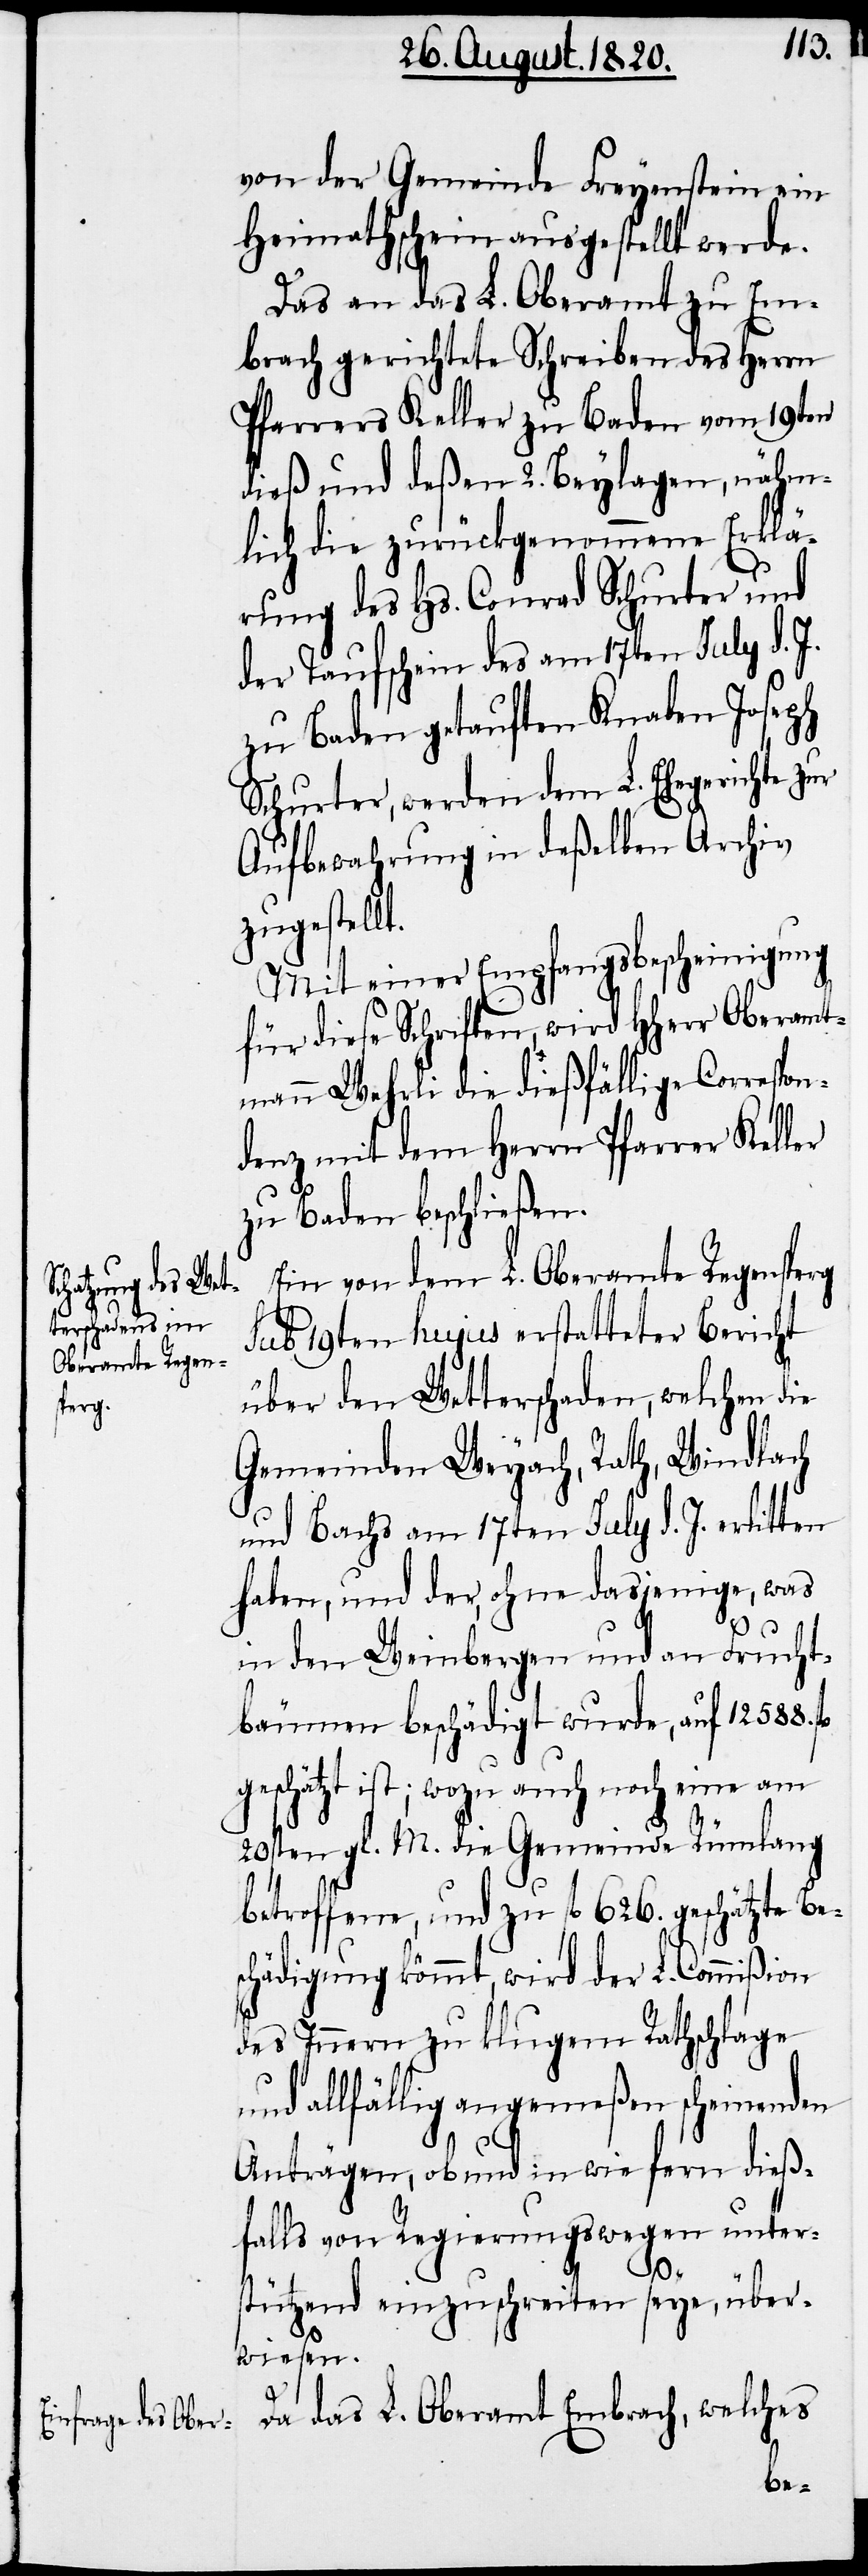
von der Gemeinde Freyenstein ein
Heimathschein ausgestellt werde.
Das an das L. Oberamt zu Em¬
brach gerichtete Schreiben des Herrn
Pfarrers Keller zu Baden vom 19ten
dieß und deßen 2. Beylagen, nähm¬
lich die zurückgenommene Erklä¬
rung des Hs. Conrad Schurter und
der Taufschein des am 17ten July d. J.
zu Baden getauften Knaben Joseph
Schurter, werden dem L. Ehegerichte zur
Aufbewahrung in deßelben Archiv
zugestellt.
Mit einer Empfangsbescheinigung
für diese Schriften wird Hherr Oberamt¬
mann Wehrli die dießfällige Correspo¬
denz mit dem Herrn Pfarrer Keller
zu Baden beschließen.
Ein von dem L. Oberamte Regensperg
sub 19ten hujus erstatteter Bericht
über den Wetterschaden, welchen die
Gemeinden Weyach, Rath, Windlach
und Bachs am 17ten July d. J. erlitten
haben, und der, ohne dasjenige, was
in den Weinbergen und an Frucht¬
bäumen beschädigt wurde, auf 12588.
geschätzt ist; wozu auch noch eine am
20sten gl. M. die Gemeinde Rümlang
betroffene, und zu fl. 626. geschätzte Bes¬
chädigung kommt, wird der L. Commißion
des Innern zu klugem Rathschlage
und allfällig angemeßen scheinenden
Anträgen, ob und in wie fern dieß¬
falls von Regierungswegen unter¬
n¬
stützend einzuschreiten seye, über¬
wiesen.
Da das L. Oberamt Embrach, welches